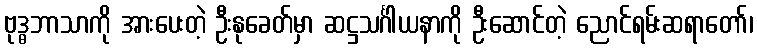
ဗုဒ္ဓဘာသာကို အားပေးတဲ့ ဦးနုခေတ်မှာ ဆဋ္ဌသင်္ဂါယနာကို ဦးဆောင်တဲ့ ညောင်ရမ်းဆရာတော်၊